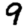
Digit: 9